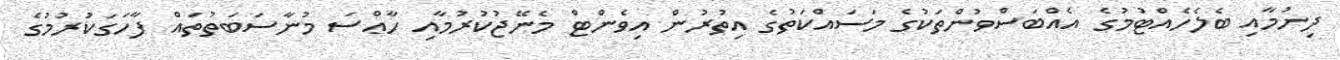
ދިނުމާއި ބެލެހެއްޓުމުގެ އެއްބަސްވުންތަކުގެ މަސައްކަތުގެ އިތުރުން އިވެންޓް މެނޭޖުކުރުމާއި ހާޢްސަ މުނާސަބަތުތައް ފާހަގަކުރުމުގެ